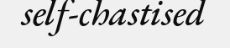
self-chastised